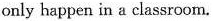
only happen in a classroom.